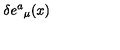
\delta e { ^ a } _ { \mu } ( x )